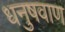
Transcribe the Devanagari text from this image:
धनुषवाण